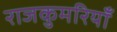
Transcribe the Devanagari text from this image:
राजकुमरियाँ